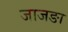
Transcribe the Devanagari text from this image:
जाजङा